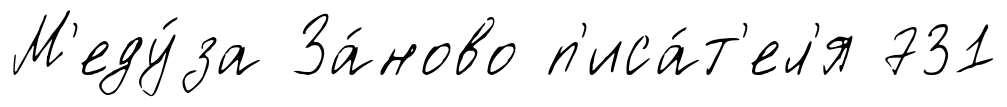
М'еду́за За́ново п'иса́т'ел'я 731